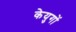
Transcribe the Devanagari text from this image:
केयुगों